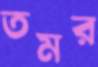
তমর